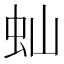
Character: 𬟴